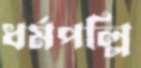
ধর্মপল্লি